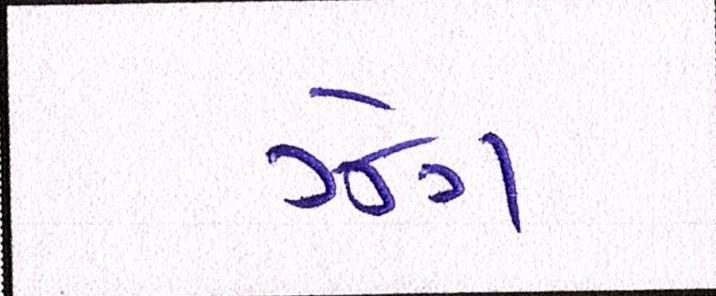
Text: ઝેંગ